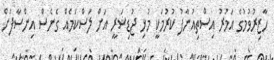
ހާޒިރުވުމުގެ އަމުރު އިސްތިއުނާފު ކުރުމަކީ މުޅި ޖުޑިޝަރީ އަށް ލަސްކަމެއް ގެނެސް އިންސާފަށް